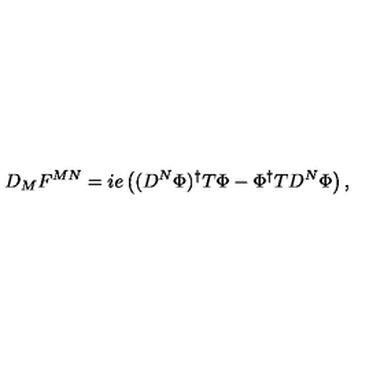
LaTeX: D _ { M } F ^ { M N } = i e \left( ( D ^ { N } \Phi ) ^ { \dagger } T \Phi - \Phi ^ { \dagger } T D ^ { N } \Phi \right) ,